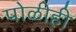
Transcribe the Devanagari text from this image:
पोळीही